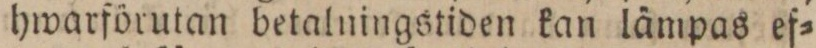
hwarförutan betalningstiden kan lämpas ef=